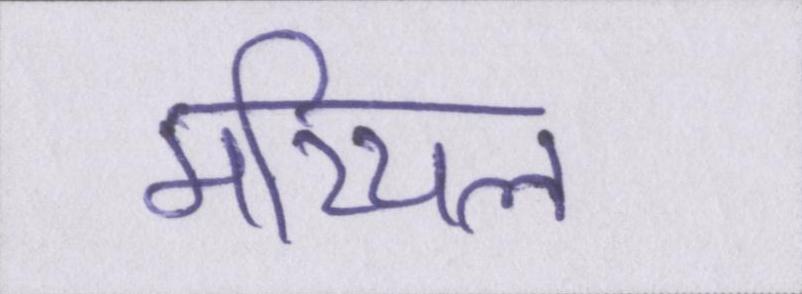
मरियल